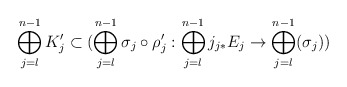
\begin{align*}\bigoplus_{j = l}^{n-1} K_j' \subset (\bigoplus_{j=l}^{n-1} \sigma_j \circ \rho_j' : \bigoplus_{j = l}^{n-1} j_{j*} E_j \rightarrow \bigoplus_{j = l}^{n-1} (\sigma_j))\end{align*}